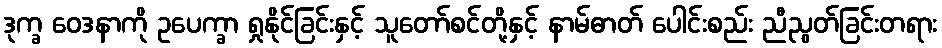
ဒုက္ခ ဝေဒနာကို ဥပေက္ခာ ရှုနိုင်ခြင်းနှင့် သူတော်စင်တို့နှင့် နာမ်ဓာတ် ပေါင်းစည်း ညီညွတ်ခြင်းတရား